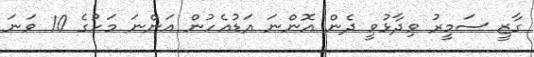
ގާޒީ ސަމީރު ވިދާޅުވީ ދެން އޮންނަ އަޑުއެހުން އަންނަ މަހުގެ 10 ވަނަ